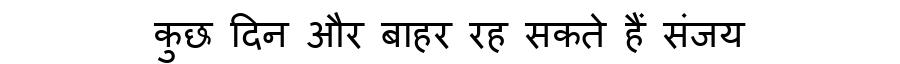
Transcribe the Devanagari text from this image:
कुछ दिन और बाहर रह सकते हैं संजय